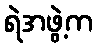
ရဲအဖွဲ့က